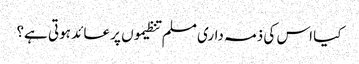
کیا اس کی ذمہ داری مسلم تنظیموں پر عائد ہوتی ہے؟